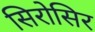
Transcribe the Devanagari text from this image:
सिरोसिर